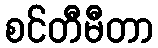
စင်တီမီတာ